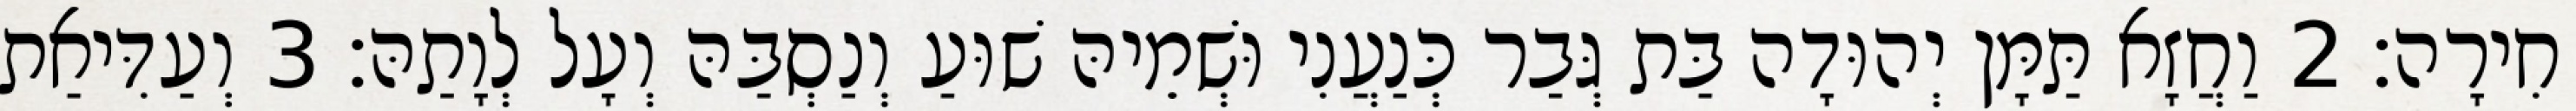
חִירָה׃ 2 וַחֲזָא תַּמָּן יְהוּדָה בַּת גְּבַר כְּנַעֲנִי וּשְׁמֵיהּ שׁוּעַ וְנַסְבַּהּ וְעָל לְוָתַהּ׃ 3 וְעַדִּיאַת